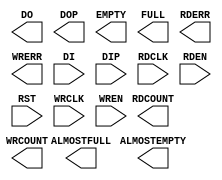
// $Header: /devl/xcs/repo/env/Databases/CAEInterfaces/xec_libs/data/unisims/FIFO18.v,v 1.3 2008/08/11 22:17:43 vandanad Exp $
///////////////////////////////////////////////////////////////////////////////
// Copyright (c) 1995/2006 Xilinx, Inc.
// All Right Reserved.
///////////////////////////////////////////////////////////////////////////////
//   ____  ____
//  /   /\/   /
// /___/  \  /    Vendor : Xilinx
// \   \   \/     Version : 8.2i
//  \   \         Description : Xilinx Formal Verification Library Component
//  /   /                  18K-Bit FIFO
// /___/   /\     Filename : FIFO18.v
// \   \  /  \    Timestamp : Wed Jun  7 16:13:41 PDT 2006
//  \___\/\___\
//
// Revision:
//    06/07/06 - Initial version.
// End Revision

`timescale 1 ps/1 ps

module FIFO18 (ALMOSTEMPTY, ALMOSTFULL, DO, DOP, EMPTY, FULL, RDCOUNT, RDERR, WRCOUNT, WRERR,
	       DI, DIP, RDCLK, RDEN, RST, WRCLK, WREN);

    parameter ALMOST_EMPTY_OFFSET = 12'h080;
    parameter ALMOST_FULL_OFFSET = 12'h080;
    parameter DATA_WIDTH = 4;
    parameter DO_REG = 1;
    parameter EN_SYN = "FALSE";
    parameter FIRST_WORD_FALL_THROUGH = "FALSE";
    parameter SIM_MODE = "SAFE";
    output ALMOSTEMPTY;
    output ALMOSTFULL;
    output [15:0] DO;
    output [1:0] DOP;
    output EMPTY;
    output FULL;
    output [11:0] RDCOUNT;
    output RDERR;
    output [11:0] WRCOUNT;
    output WRERR;
    input [15:0] DI;
    input [1:0] DIP;
    input RDCLK;
    input RDEN;
    input RST;
    input WRCLK;
    input WREN;

endmodule // FIFO18